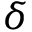
\delta